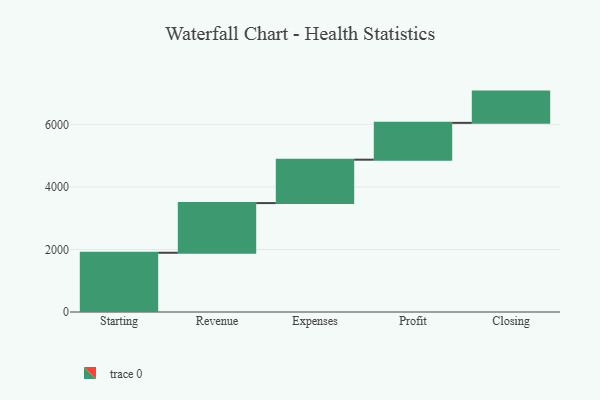
{"axis": {"x": "Step", "y": "Value"}, "legend": [""], "data": [{"x": "Starting", "y": 1895.0, "type": ""}, {"x": "Revenue", "y": 1589.0, "type": ""}, {"x": "Expenses", "y": 1388.0, "type": ""}, {"x": "Profit", "y": 1178.0, "type": ""}, {"x": "Closing", "y": 1000, "type": ""}]}